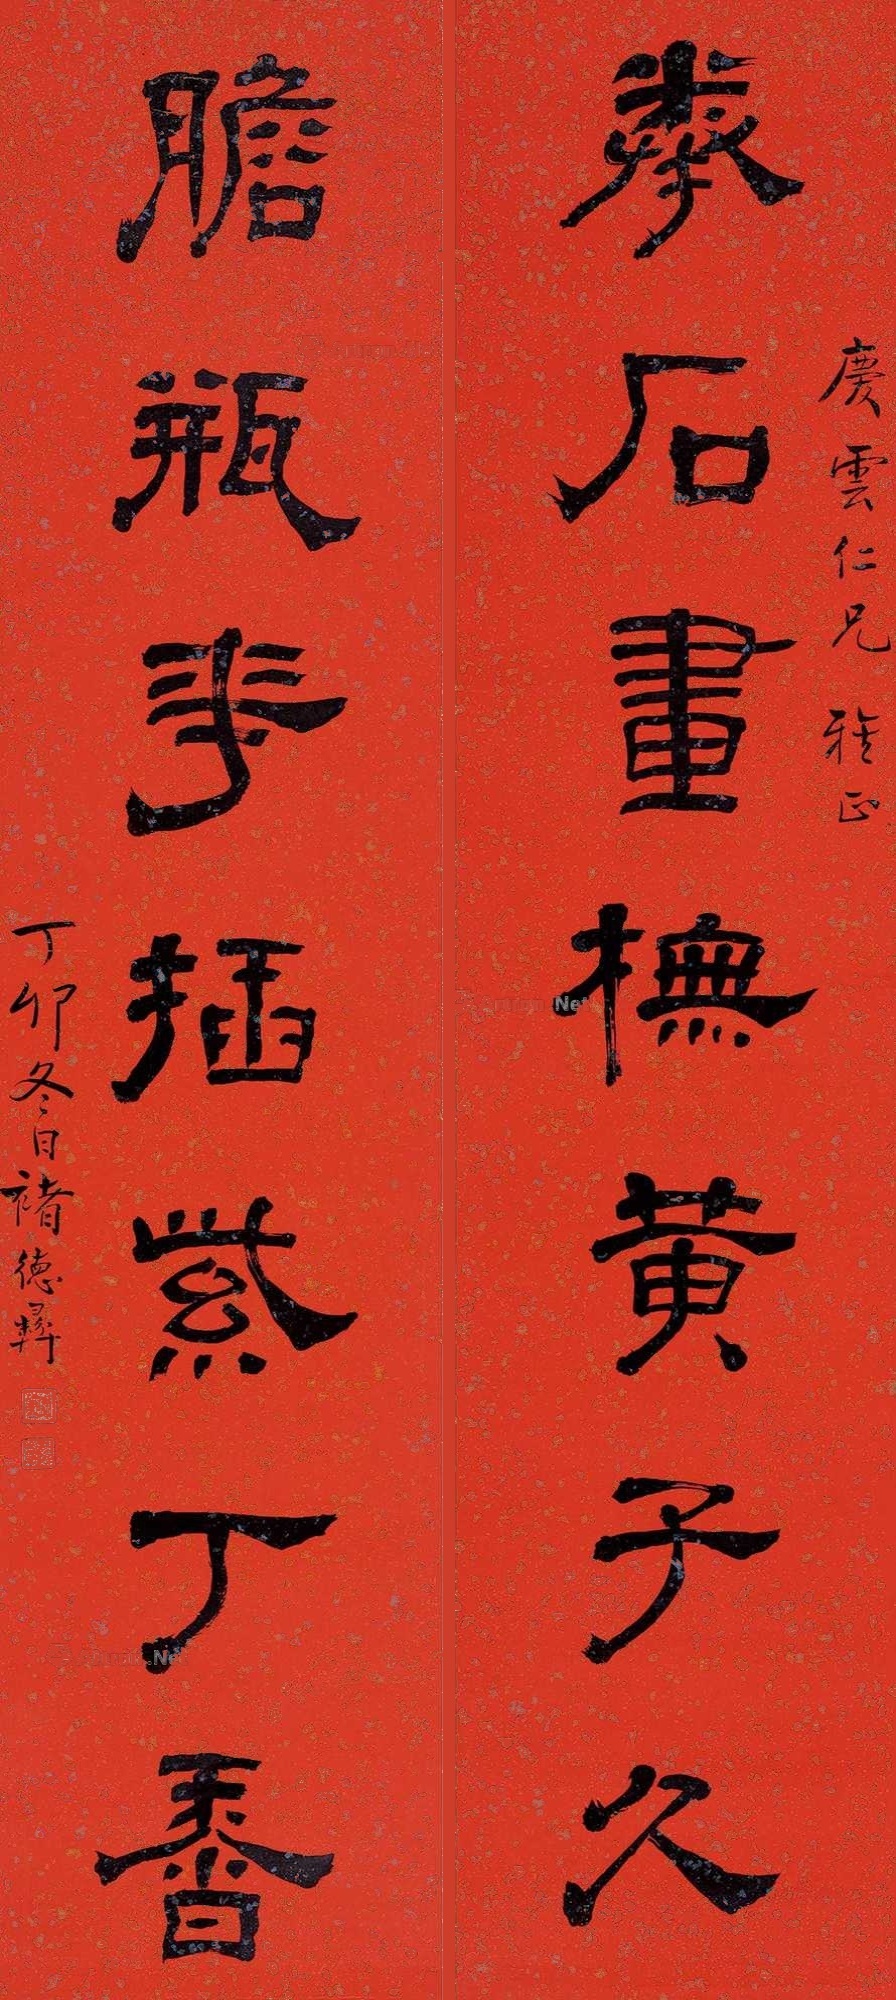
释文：拳石画橅黄子久，胆瓶花插紫丁香。庆云仁兄雅正。丁卯冬日褚德彝。